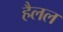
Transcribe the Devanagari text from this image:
हैलल